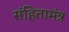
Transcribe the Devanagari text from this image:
संहितामंत्र